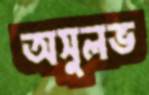
অসুলভ